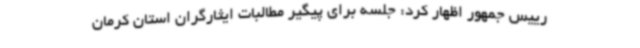
رییس جمهور اظهار کرد: جلسه برای پیگیر مطالبات ایثارگران استان کرمان